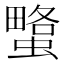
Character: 𧐯